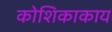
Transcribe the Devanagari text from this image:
कोशिकाकाय